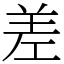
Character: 差